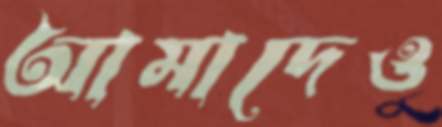
আমাদেও